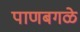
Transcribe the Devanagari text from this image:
पाणबगळे